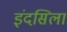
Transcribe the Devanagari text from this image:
इंदसिला